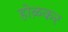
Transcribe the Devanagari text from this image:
होऴकर